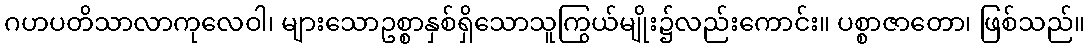
ဂဟပတိသာလာကုလေဝါ၊ များသောဥစ္စာနှစ်ရှိသောသူကြွယ်မျိုး၌လည်းကောင်း။ ပစ္စာဇာတော၊ ဖြစ်သည်။